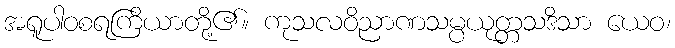
အရူပါဝစရကြိယာတို့၏။ ကုသလဝိညာဏသမ္ပယုတ္တသဒိသာ ယေဝ၊